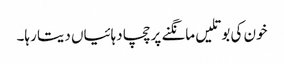
خون کی بوتلیں مانگنے پر چچا دہائیاں دیتا رہا۔